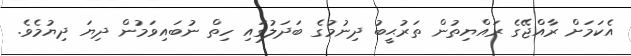
އެކަމަށް ރާއްޖޭގެ ރައްޔިތުން ތަރުޙީބު ދިނުމުގެ ބަދަލުގައި ހިތް ނުބައިވަމުން ދިޔަ ދިޔުމެވެ.